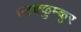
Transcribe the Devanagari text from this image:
वटक्कुम्कूर